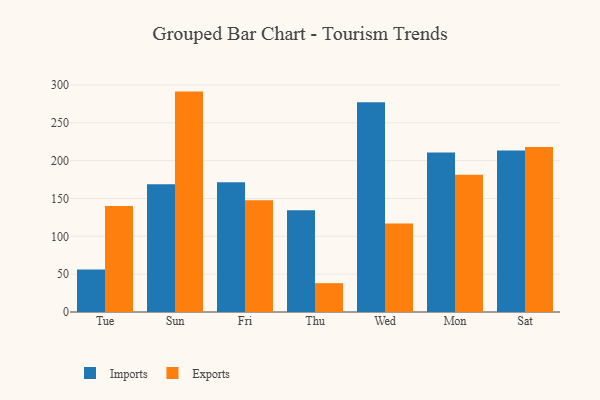
{"axis": {"x": "Day", "y": "Latency (ms)"}, "legend": ["Exports", "Imports"], "data": [{"x": "Tue", "y": 56.0, "type": "Imports"}, {"x": "Tue", "y": 140.0, "type": "Exports"}, {"x": "Sun", "y": 168.9, "type": "Imports"}, {"x": "Sun", "y": 291.2, "type": "Exports"}, {"x": "Fri", "y": 171.4, "type": "Imports"}, {"x": "Fri", "y": 147.8, "type": "Exports"}, {"x": "Thu", "y": 134.5, "type": "Imports"}, {"x": "Thu", "y": 38.1, "type": "Exports"}, {"x": "Wed", "y": 277.0, "type": "Imports"}, {"x": "Wed", "y": 117.0, "type": "Exports"}, {"x": "Mon", "y": 210.9, "type": "Imports"}, {"x": "Mon", "y": 181.5, "type": "Exports"}, {"x": "Sat", "y": 213.5, "type": "Imports"}, {"x": "Sat", "y": 218.1, "type": "Exports"}]}